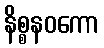
နိစ္စနဝကော